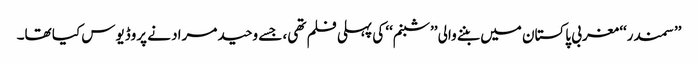
’’سمندر‘‘ مغربی پاکستان میں بننے والی ’’شبنم‘‘ کی پہلی فلم تھی، جسے وحید مراد نے پروڈیوس کیا تھا۔